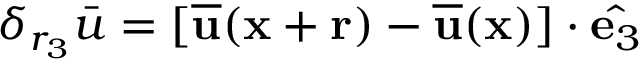
\delta _ { r _ { 3 } } \bar { u } = [ \overline { { \mathbf { u } } } ( \mathbf { x } + \mathbf { r } ) - \overline { { \mathbf { u } } } ( \mathbf { x } ) ] \cdot \hat { \mathbf { e } _ { 3 } }